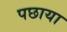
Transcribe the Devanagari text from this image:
पछाया